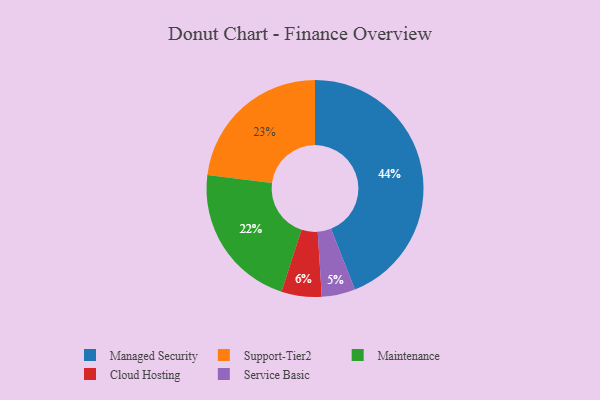
{"axis": {"x": "Category", "y": "Percentage"}, "legend": ["Cloud Hosting", "Maintenance", "Managed Security", "Service Basic", "Support-Tier2"], "data": [{"x": "Support-Tier2", "y": 23, "type": "Support-Tier2"}, {"x": "Cloud Hosting", "y": 6, "type": "Cloud Hosting"}, {"x": "Maintenance", "y": 22, "type": "Maintenance"}, {"x": "Managed Security", "y": 44, "type": "Managed Security"}, {"x": "Service Basic", "y": 5, "type": "Service Basic"}]}